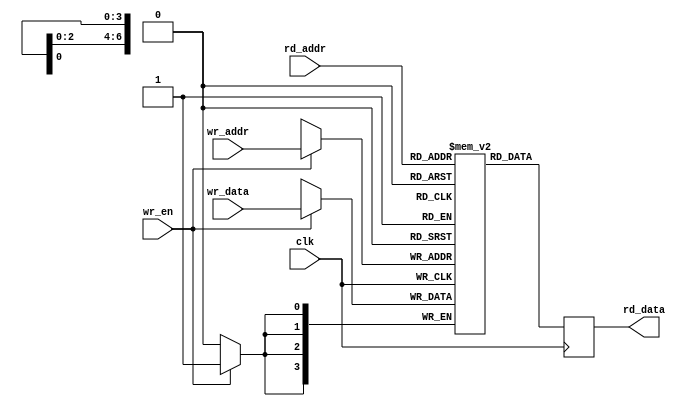
`timescale 1ns / 1ps

// 4 bit width, 75 bit deep block ram

module frame_buffer2(
   input clk,
   input wr_en,
   input [6:0] wr_addr,
   input [0:3] wr_data,
   input [6:0] rd_addr,
   output [0:3] rd_data
);

reg [0:3] dp_ram [74:0];

reg [0:3] rd_reg;
always @ (posedge clk)
begin
   if (wr_en)
      dp_ram[wr_addr] <= wr_data;
      
   rd_reg <= dp_ram[rd_addr];
end

assign rd_data = rd_reg;

endmodule